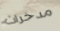
مدخرات